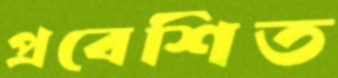
প্রবেশিত